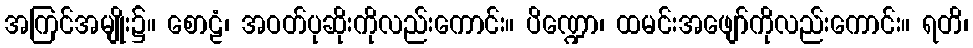
အကြင်အမျိုး၌။ စောဠံ၊ အဝတ်ပုဆိုးကိုလည်းကောင်း။ ပိဏ္ဍော၊ ထမင်းအဖျော်ကိုလည်းကောင်း။ ရတိ၊